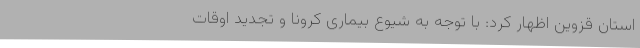
استان قزوین اظهار کرد: با توجه به شیوع بیماری کرونا و تجدید اوقات